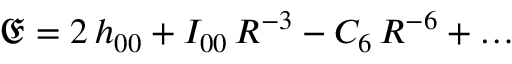
\mathfrak { E } = 2 \, h _ { 0 0 } + I _ { 0 0 } \, R ^ { - 3 } - C _ { 6 } \, R ^ { - 6 } + \dots